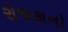
રોજકાનો